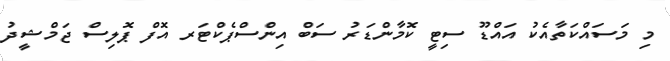
މި މަސައްކަތާއެކު އައްޑޫ ސިޓީ ކޮމާންޑަރު ސަބް އިންސްޕެކްޓަރ އޮފް ޕޮލިސް ޖަމްޝީދު